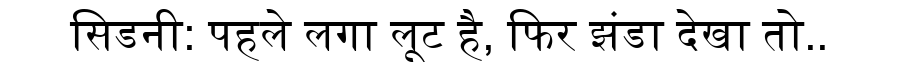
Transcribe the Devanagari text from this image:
सिडनी: पहले लगा लूट है, फिर झंडा देखा तो..